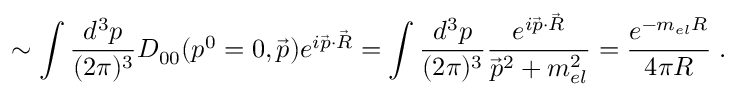
\sim \int \frac { d ^ { 3 } p } { ( 2 \pi ) ^ { 3 } } D _ { 0 0 } ( p ^ { 0 } = 0 , \vec { p } ) e ^ { i \vec { p } \cdot \vec { R } } = \int \frac { d ^ { 3 } p } { ( 2 \pi ) ^ { 3 } } \frac { e ^ { i \vec { p } \cdot \vec { R } } } { \vec { p } ^ { 2 } + m _ { e l } ^ { 2 } } = \frac { e ^ { - m _ { e l } R } } { 4 \pi R } \; .